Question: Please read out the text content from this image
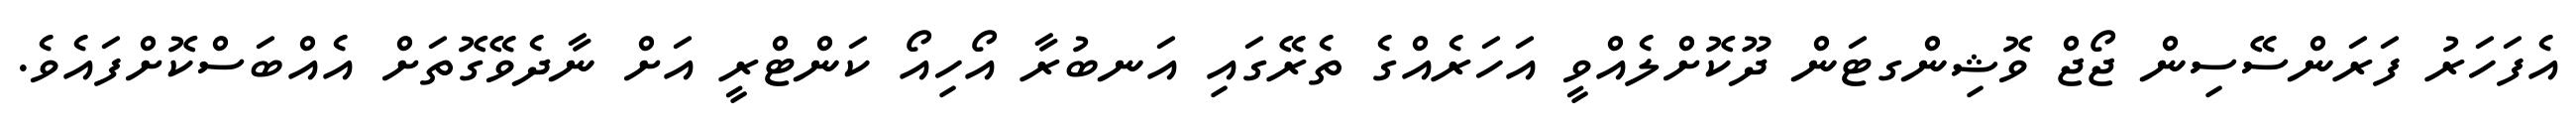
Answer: އެފަހަރު ފަރަންސޭސިން ޖޯޖް ވޮޝިންގޓަން ދޫކޮށްލެއްވީ އަހަރެއްގެ ތެރޭގައި އަނބުރާ އޯހިއޯ ކަންޓްރީ އަށް ނާދެވޭގޮތަށް އެއްބަސްކޮށްފައެވެ.